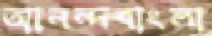
আনন্দবাংলা